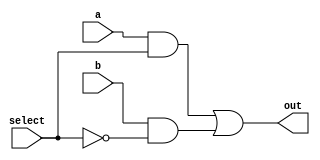
module mux2x1(out, a, b, select);
    input a, b, select;
    wire and_1, and_2, select_not;
    output out;
    not (select_not, select);
    and (and_1, a, select);
    and (and_2, b, select_not);
    or (out, and_1, and_2);
endmodule